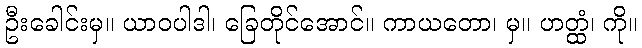
ဦးခေါင်းမှ။ ယာဝပါဒါ၊ ခြေတိုင်အောင်။ ကာယတော၊ မှ။ ဟတ္ထံ၊ ကို။